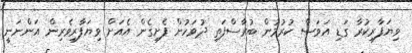
ވިޔަފާރިކުރާ ގަޑި އަވަސް ކުރުމުން ބުރާސްފަތި ދުވަހުން ފެށިގެން އެއަށް ވިޔަފާރިވެރިން އަންނަނީ